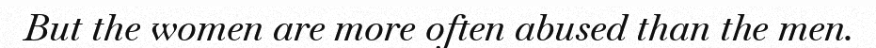
But the women are more often abused than the men.